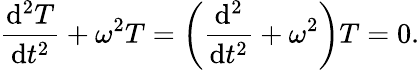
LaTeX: {\frac{\mathrm{d}^{2}T}{\mathrm{d}t^{2}}}+\omega^{2}T=\left({\frac{\mathrm{d}^{2}}{\mathrm{d}t^{2}}}+\omega^{2}\right)T=0.